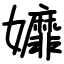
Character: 孊